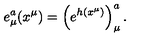
e _ { \mu } ^ { a } ( x ^ { \mu } ) = \left( e ^ { h ( x ^ { \mu } ) } \right) _ { \mu } ^ { a } .